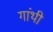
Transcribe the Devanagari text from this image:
गांथी